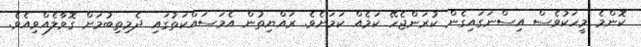
ކޮންމެ މީހަކުވެސް އިސްނަގައިގެން ކުރަންޖެހޭ ކަމެއް ކަމަށެވެ. ރައްޔިތުން އެމަސައްކަތުގައި ދެމިތިބުމަށް ގޮވާލެއްވިއެވެ.